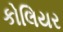
કોલિયર